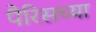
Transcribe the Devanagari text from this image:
पैरिसच्या